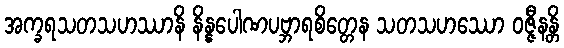
အက္ခရသတသဟဿာနိ နိန္နပေါဏပဗ္ဘာရစိတ္တေန သတသဟဿော ဝဇ္ဇီနန္တိ